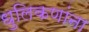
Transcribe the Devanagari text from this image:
धुलिकणांना